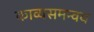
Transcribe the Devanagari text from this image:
काव्यसमन्वय